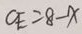
C E = 8 - x